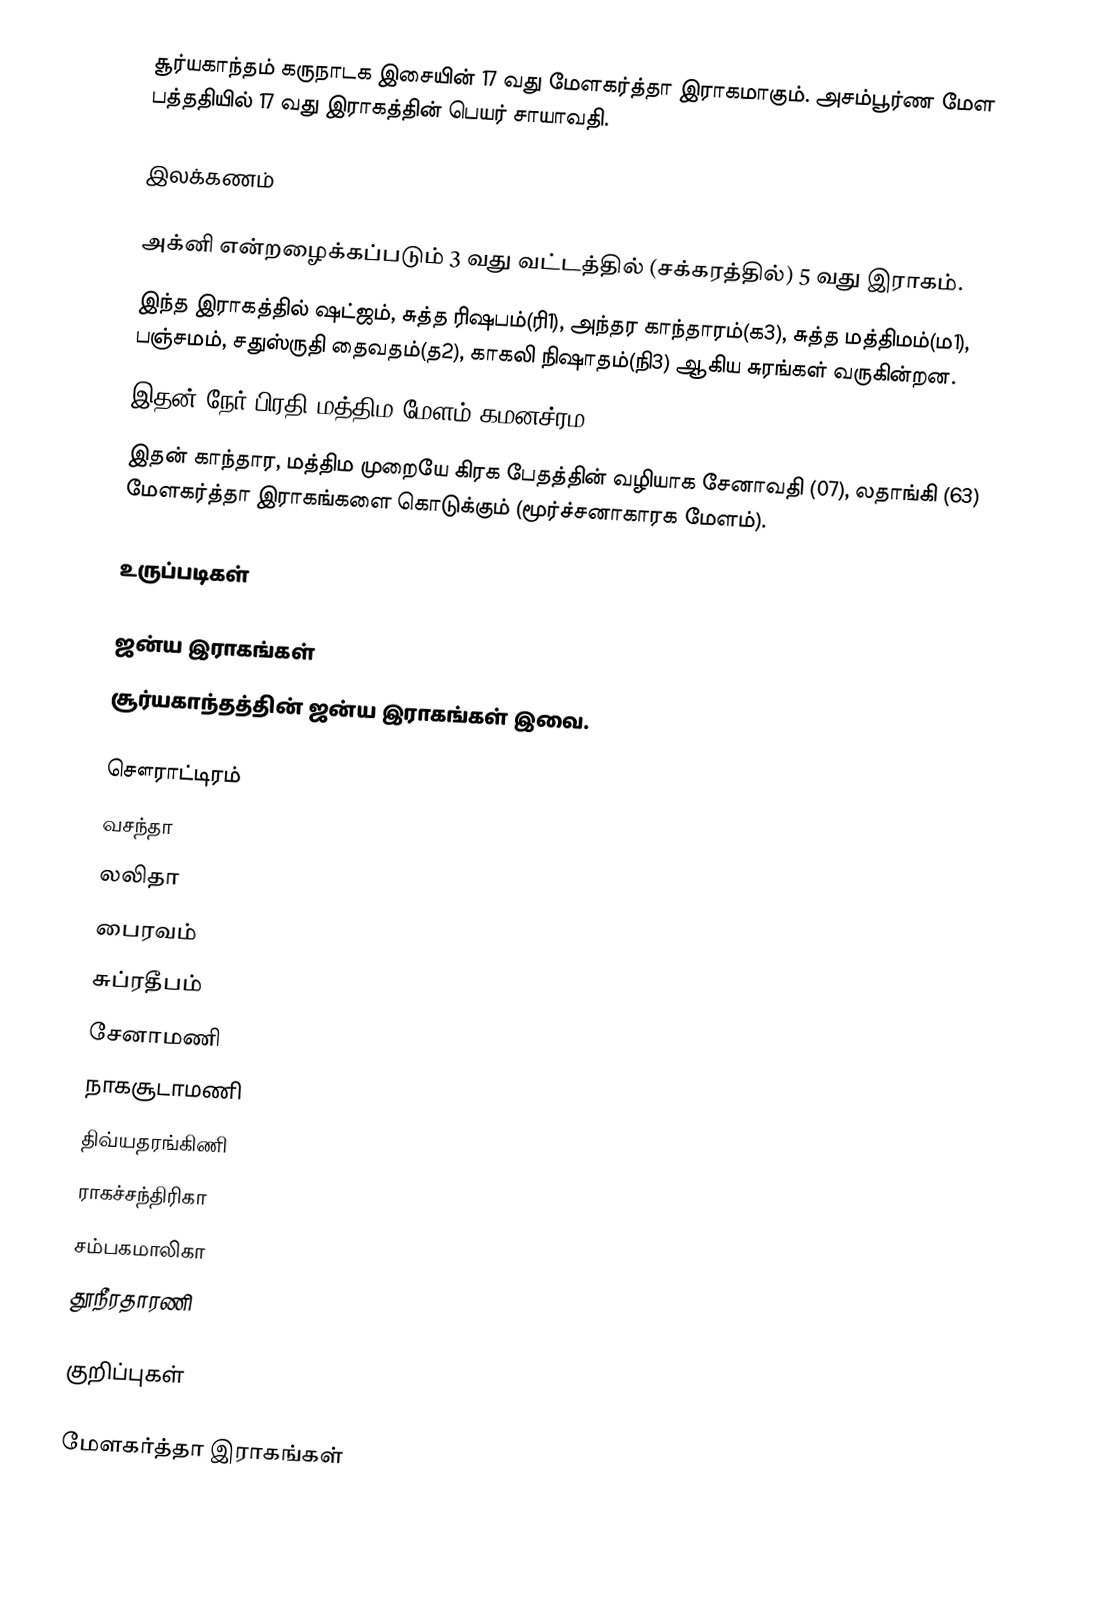
சூர்யகாந்தம் கருநாடக இசையின் 17 வது மேளகர்த்தா இராகமாகும். அசம்பூர்ண மேள பத்ததியில் 17 வது இராகத்தின் பெயர் சாயாவதி.

இலக்கணம்

 அக்னி என்றழைக்கப்படும் 3 வது வட்டத்தில் (சக்கரத்தில்) 5 வது இராகம்.
 இந்த இராகத்தில் ஷட்ஜம், சுத்த ரிஷபம்(ரி1), அந்தர காந்தாரம்(க3), சுத்த மத்திமம்(ம1), பஞ்சமம், சதுஸ்ருதி தைவதம்(த2), காகலி நிஷாதம்(நி3) ஆகிய சுரங்கள் வருகின்றன.
 இதன் நேர் பிரதி மத்திம மேளம் கமனச்ரம (53).
 இதன் காந்தார, மத்திம முறையே கிரக பேதத்தின் வழியாக சேனாவதி (07), லதாங்கி (63) மேளகர்த்தா இராகங்களை கொடுக்கும் (மூர்ச்சனாகாரக மேளம்).

உருப்படிகள்

ஜன்ய இராகங்கள்
சூர்யகாந்தத்தின் ஜன்ய இராகங்கள் இவை.

 சௌராட்டிரம்
 வசந்தா
 லலிதா
 பைரவம்
 சுப்ரதீபம்
 சேனாமணி
 நாகசூடாமணி
 திவ்யதரங்கிணி
 ராகச்சந்திரிகா
 சம்பகமாலிகா
 தூநீரதாரணி

குறிப்புகள்

மேளகர்த்தா இராகங்கள்